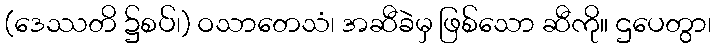
(ဒေဿတိ ၌စပ်၊) ဝသာတေသံ၊ အဆီခဲမှ ဖြစ်သော ဆီကို။ ဌပေတွာ၊